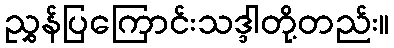
ညွှန်ပြကြောင်းသဒ္ဒါတို့တည်း။